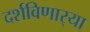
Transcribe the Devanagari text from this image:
दर्शविणार्‍या